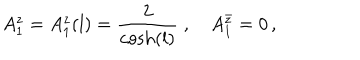
A _ { 1 } ^ { z } = A _ { 1 } ^ { z } ( l ) = \frac { 2 } { \cosh ( l ) } \; , \quad A _ { 1 } ^ { \bar { z } } = 0 \, ,